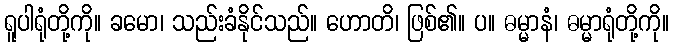
ရူပါရုံတို့ကို။ ခမော၊ သည်းခံနိုင်သည်။ ဟောတိ၊ ဖြစ်၏။ ပ။ ဓမ္မာနံ၊ ဓမ္မာရုံတို့ကို။